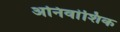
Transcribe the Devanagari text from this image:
अनिवांशिक